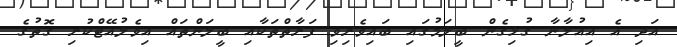
އަދި އެ އިއުލާނާ ގުޅިގެން ބީލަމުގައި ބައިވެރިވި ފަރާތްތަކާއި ބީލަންތައް އިވެލުއޭޓްކުރި ގޮތުގެ